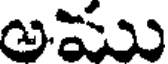
అము